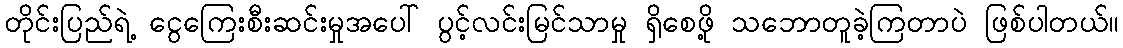
တိုင်းပြည်ရဲ့ ငွေကြေးစီးဆင်းမှုအပေါ် ပွင့်လင်းမြင်သာမှု ရှိစေဖို့ သဘောတူခဲ့ကြတာပဲ ဖြစ်ပါတယ်။